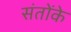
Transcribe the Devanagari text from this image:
संतोंके